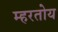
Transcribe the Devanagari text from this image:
म्हरतोय